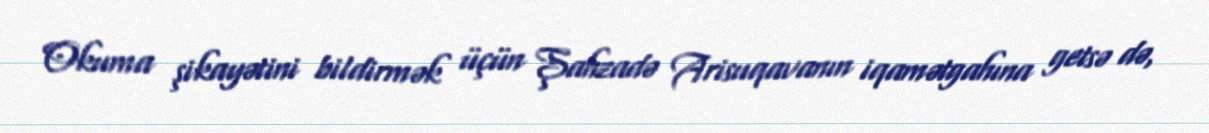
Okuma şikayətini bildirmək üçün Şahzadə Arisuqavanın iqamətgahına getsə də,